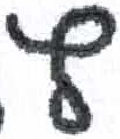
אות: ץ